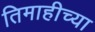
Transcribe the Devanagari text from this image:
तिमाहीच्या